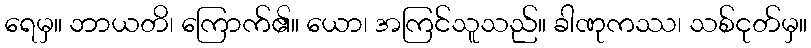
ရေမှ။ ဘာယတိ၊ ကြောက်၏။ ယော၊ အကြင်သူသည်။ ခါဏုကဿ၊ သစ်ငုတ်မှ။